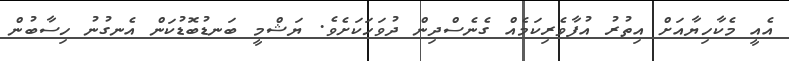
އެއީ މެކާހިޔާއަށް އިތުރު އުފާވެރިކަމެއް ގެނެސްދިން ދުވަހަކަށެވެ. ޔަޝްމީ ބަނޑުބޮޑުކަން އެނގުނު ހިސާބުން